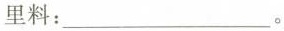
里料：___。